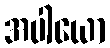
အပါယော